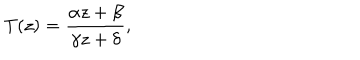
T ( z ) = { \frac { \alpha z + \beta } { \gamma z + \delta } } ,